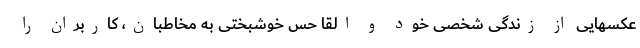
عکسهایی از زندگی شخصی خود و القا حس خوشبختی به مخاطبان، کاربران را